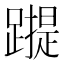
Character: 𰸬